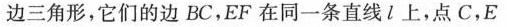
边三角形，它们的边BC，EF在同一条直线l上，点C，E